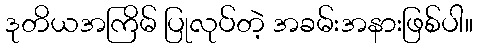
ဒုတိယအကြိမ် ပြုလုပ်တဲ့ အခမ်းအနားဖြစ်ပါ။